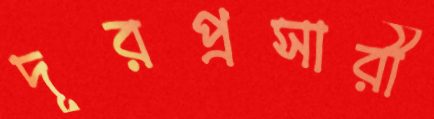
দূরপ্রসারী